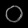
Digit: ၀